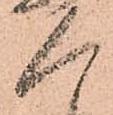
人